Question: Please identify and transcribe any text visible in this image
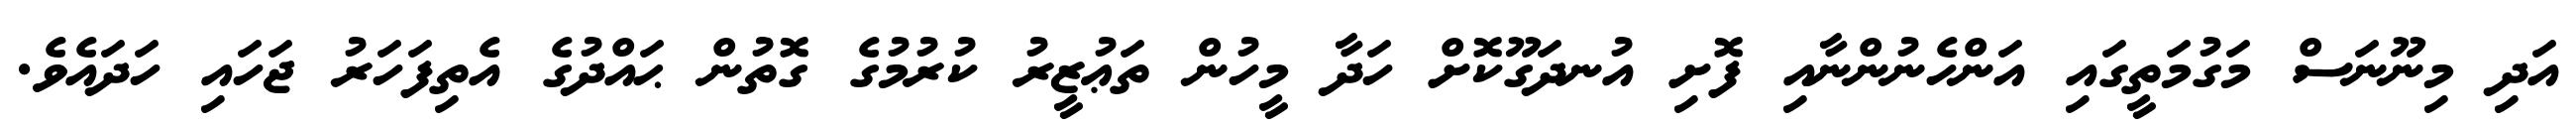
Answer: އަދި މިނޫނަސް މަގުމަތީގައި އަންހެނުންނާއި ފޮށި އުނދަގޫކޮށް ހަދާ މީހުން ތަޢުޒީރު ކުރުމުގެ ގޮތުން ޙައްދުގެ އެތިފަހަރު ޖަހައި ހަދައެވެ.